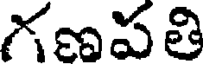
గణపతి